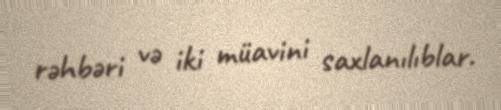
rəhbəri və iki müavini saxlanılıblar.